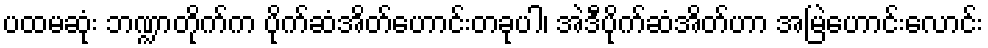
ပထမဆုံး ဘဏ္ဍာတိုက်က ပိုက်ဆံအိတ်ဟောင်းတခုပါ၊ အဲဒီပိုက်ဆံအိတ်ဟာ အမြဲဟောင်းလောင်း